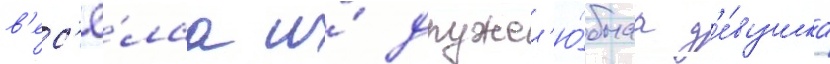
в'ес'ё́лаа и́ дружел'ю́бнаа д'е́вушка